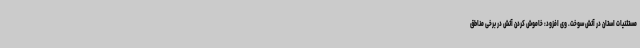
مستثنیات استان در آتش سوخت. وی افزود: خاموش کردن آتش در برخی مناطق